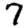
Digit: 7